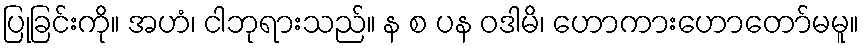
ပြုခြင်းကို။ အဟံ၊ ငါဘုရားသည်။ န စ ပန ဝဒါမိ၊ ဟောကားဟောတော်မမူ။